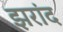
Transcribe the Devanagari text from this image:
झरांद